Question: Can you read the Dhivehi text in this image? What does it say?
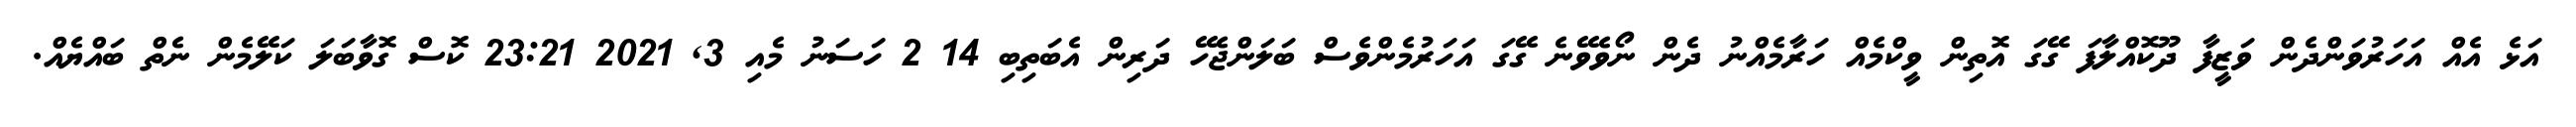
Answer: އަޅެ އެއް އަހަރުވަންދެން ވަޒީފާ ދޫކޮއްލާފަ ގޭގަ އޮތިން ވީކްމެއް ހަރާމެއްނު ދެން ނޯވެވޭނެ ގޭގަ އަހަރުމެންވެސް ބަލަންޖެހޭ ދަރިން އެބަތިބި 14 2 ހަސަނު މެއި 3, 2021 23:21 ކޮސް ގޮވާބަލަ ކަލޭމެން ނެތް ބައްޔެއް.